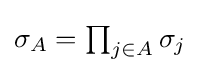
\textstyle \sigma _{A}=\prod _{j\in A}\sigma _{j}